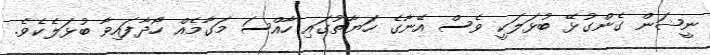
ނީޝަން ގެންގުޅޭ ބުޅަލަކީ ވެސް އޭނާގެ ހަޔާތުގައި ހާއްސަ މަގާމެއް ހޯދާފައިވާ ބުޅަލެކެވެ.